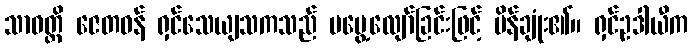
သာဝတ္ထိ ဇေတဝန် ရှင်သေယျသကသည် မမွေ့လျော်ခြင်းဖြင့် ပိန်ချုံး၏။ ရှင်ဥဒါယီက